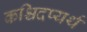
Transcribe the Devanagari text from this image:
कश्चिदप्यर्थ